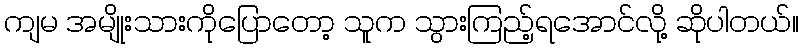
ကျမ အမျိုးသားကိုပြောတော့ သူက သွားကြည့်ရအောင်လို့ ဆိုပါတယ်။